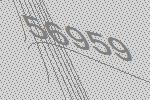
56959